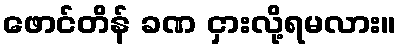
ဖောင်တိန် ခဏ ငှားလို့ရမလား။